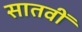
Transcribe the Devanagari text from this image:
सातवीँ